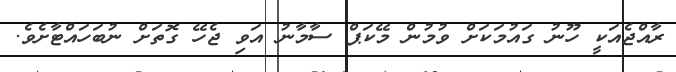
ރާއްޖެއަކީ ހޫނު ގައުމަކަށް ވުމުން މޭކަޕް ސާމާނު އަވި ޖެހޭ ގޮތަށް ނުބަހައްޓާށެވެ.